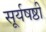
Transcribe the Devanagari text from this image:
सूर्यषष्ठी